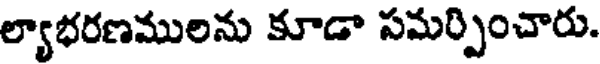
ల్యాభరణములను కూడా సమర్పించారు.